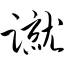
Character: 蹴